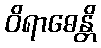
ဝိရာဓေန္တိ